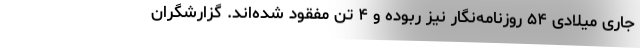
جاری میلادی ۵۴ روزنامه‌نگار نیز ربوده و ۴ تن مفقود شده‌اند. گزارشگران